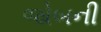
જોબની